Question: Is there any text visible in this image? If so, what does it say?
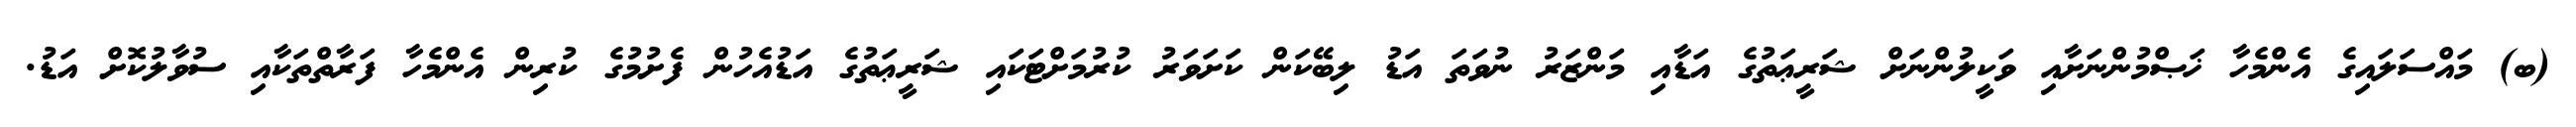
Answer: (ބ) މައްސަލައިގެ އެންމެހާ ޚަޞްމުންނަށާއި ވަކީލުންނަށް ޝަރީޢަތުގެ އަޑާއި މަންޒަރު ނުވަތަ އަޑު ލިބޭކަން ކަށަވަރު ކުރުމަށްޓަކައި ޝަރީޢަތުގެ އަޑުއެހުން ފެށުމުގެ ކުރިން އެންމެހާ ފަރާތްތަކާއި ސުވާލުކޮށް އަޑު.